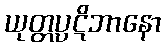
ယုတ္တပ္ပဋိဘာနော